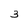
Character: 3